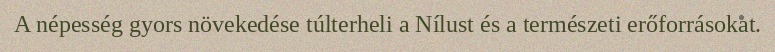
A népesség gyors növekedése túlterheli a Nílust és a természeti erőforrásokat.